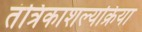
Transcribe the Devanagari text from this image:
तंत्रिकाशल्यक्रिया